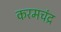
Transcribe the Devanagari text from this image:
करमचंद्र